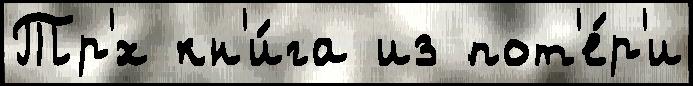
Тр'́х кн'и́га из пот'е́р'и